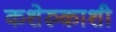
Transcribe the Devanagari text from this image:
कशेरुकाशी